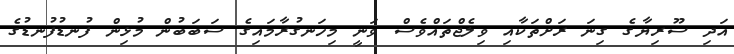
އަދި ސޫރިޔާގެ ގިނަ ރަށްތަކާއި ވިލެޖްތައްވެސް ވަނީ މިހަނގުރާމައިގެ ސަބަބުން މުޅިން ފުނޑުފުނޑުގެ